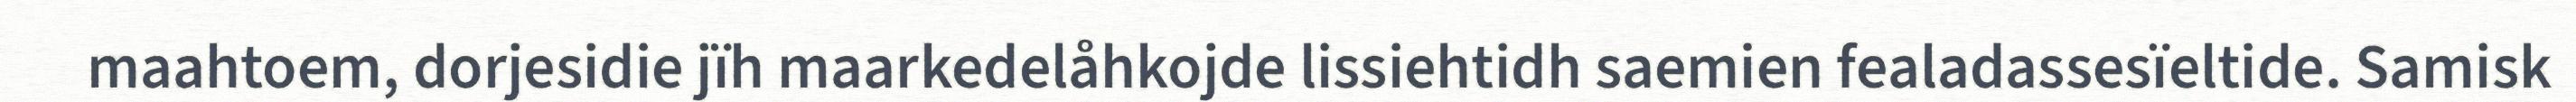
maahtoem, dorjesidie jïh maarkedelåhkojde lissiehtidh saemien fealadassesïeltide. Samisk